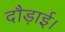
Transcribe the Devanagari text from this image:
दौड़ाई।